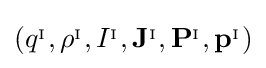
\left(q^{_{\mathrm {I} }},\rho ^{_{\mathrm {I} }},I^{_{\mathrm {I} }},\mathbf {J} ^{_{\mathrm {I} }},\mathbf {P} ^{_{\mathrm {I} }},\mathbf {p} ^{_{\mathrm {I} }}\right)